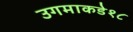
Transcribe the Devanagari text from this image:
उगमाकडे१८